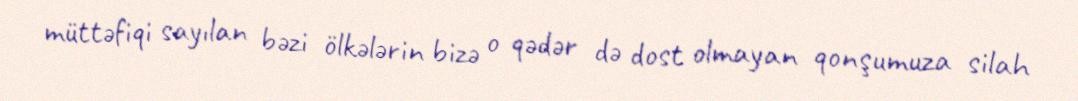
müttəfiqi sayılan bəzi ölkələrin bizə o qədər də dost olmayan qonşumuza silah